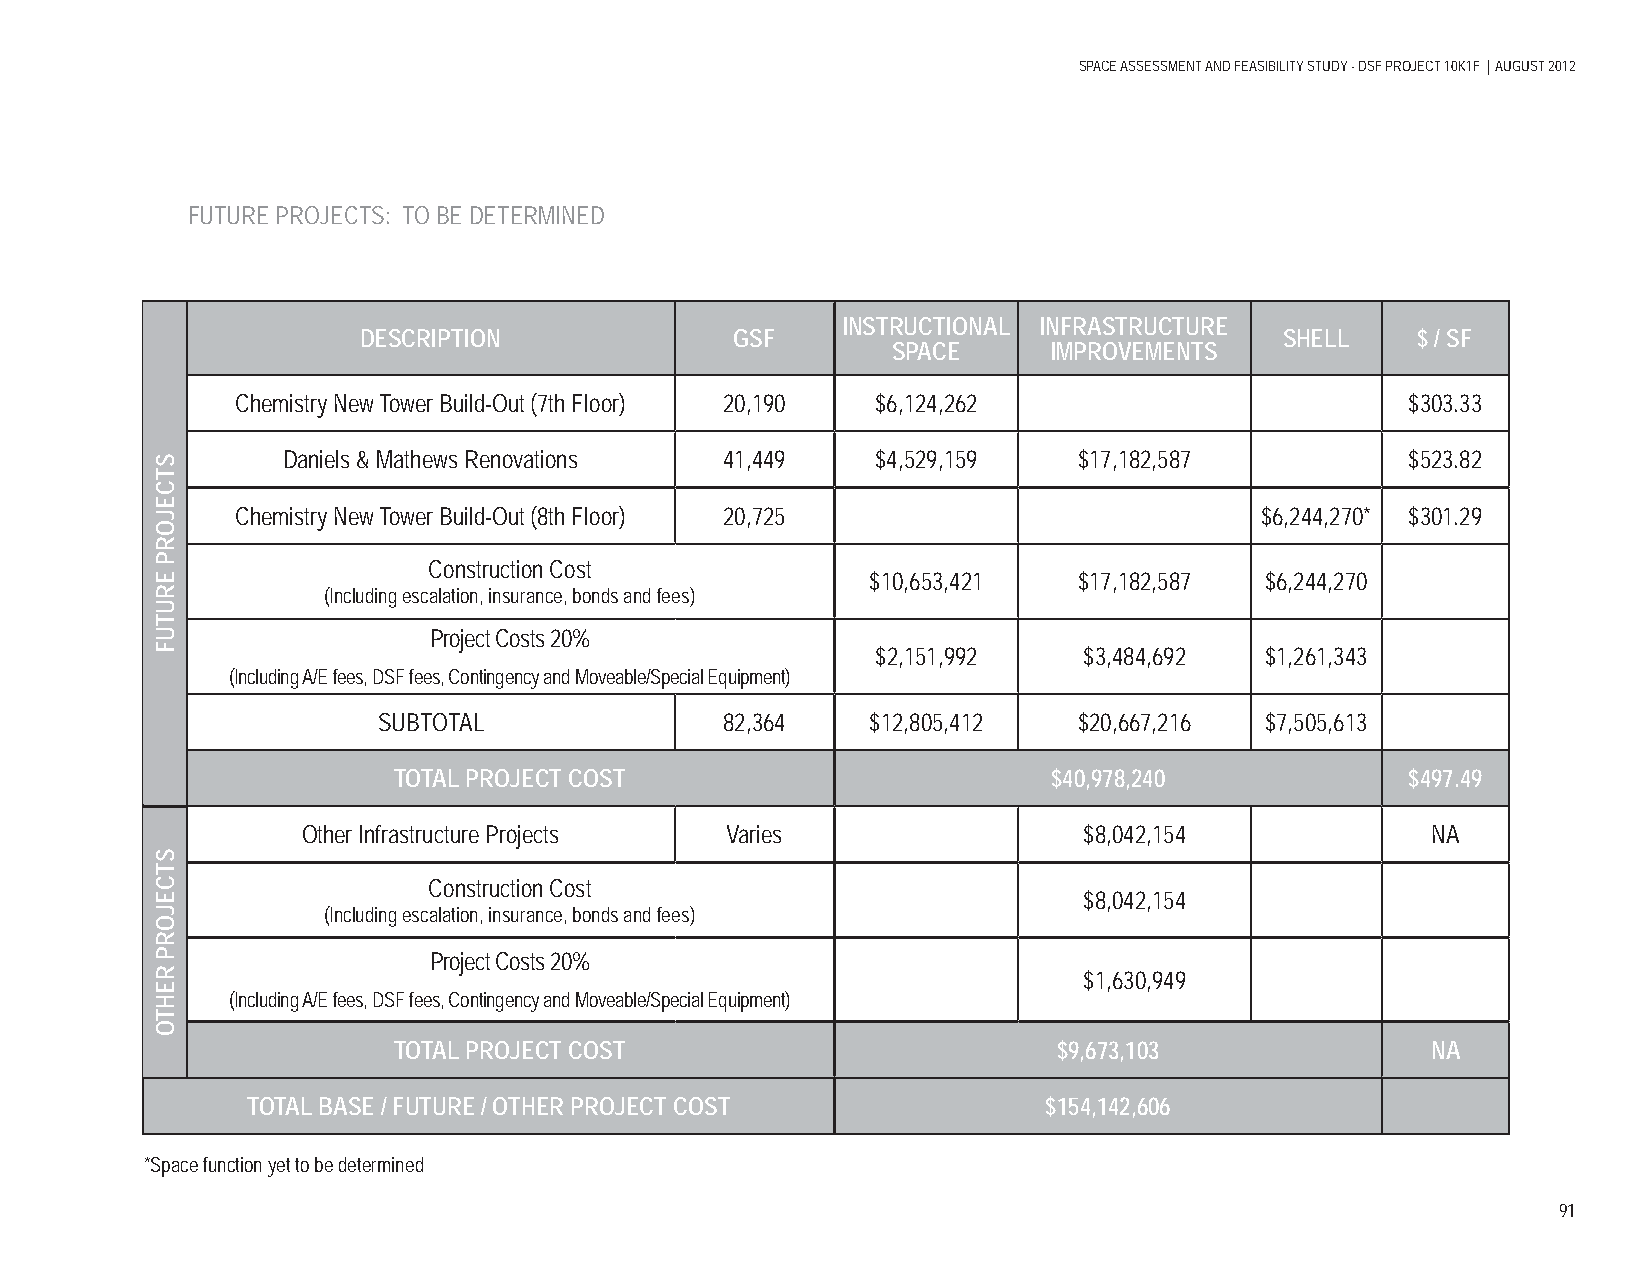
SPACE ASSESSMENT AND FEASIBILITY STUDY - DSF PROJECT 10K1F | AUGUST 2012
 FUTURE PROJECTS: TO BE DETERMINED
 INSTRUCTIONAL INFRASTRUCTURE
 DESCRIPTION              GSF                                 SHELL    $ / SF
 SPACE      IMPROVEMENTS
 Chemistry New Tower Build-Out (7th Floor) 20,190 $6,124,262                  $303.33
 Daniels & Mathews Renovations 41,449   $4,529,159   $17,182,587           $523.82
 Chemistry New Tower Build-Out (8th Floor) 20,725                   $6,244,270* $301.29
 Construction Cost
 $10,653,421  $17,182,587  $6,244,270
 (Including escalation, insurance, bonds and fees)
 Project Costs 20%
 $2,151,992    $3,484,692  $1,261,343
 (Including A/E fees, DSF fees, Contingency and Moveable/Special Equipment)
 SUBTOTAL               82,364    $12,805,412  $20,667,216  $7,505,613
 TOTAL PROJECT COST                          $40,978,240            $497.49
 Other Infrastructure Projects Varies                $8,042,154             NA
 Construction Cost
 $8,042,154
 (Including escalation, insurance, bonds and fees)
 Project Costs 20%
 $1,630,949
 (Including A/E fees, DSF fees, Contingency and Moveable/Special Equipment)
 TOTAL PROJECT COST                          $9,673,103               NA
 TOTAL BASE / FUTURE / OTHER PROJECT COST             $154,142,606
 *Space function yet to be determined
 91
 STCEJORP
 ERUTUF
 STCEJORP
 REHTO